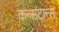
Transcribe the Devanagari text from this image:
कन्सटान्स